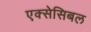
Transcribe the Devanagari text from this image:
एक्सेसिबल